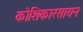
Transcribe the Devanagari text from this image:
कोशिकारसायन